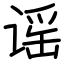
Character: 谣